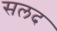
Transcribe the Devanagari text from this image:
सलद